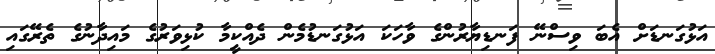
އަޅުގަނޑަށް އެބަ ވިސްނޭ ފަނޑިޔާރުންގެ ވާހަކަ އަޅުގަނޑުމެން ދެއްކީމާ ކުޅިވަރުގެ މައިދާނުގެ ތެރޭގައި